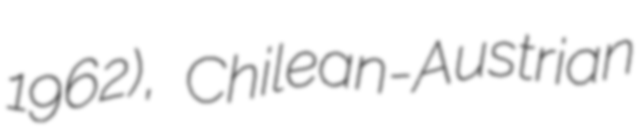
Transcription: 1962), Chilean-Austrian